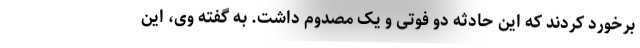
برخورد کردند که این حادثه دو فوتی و یک مصدوم داشت. به گفته وی، این